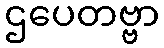
ဌပေတဗ္ဗာ